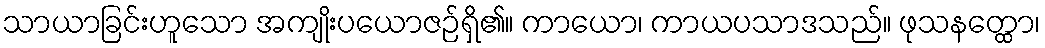
သာယာခြင်းဟူသော အကျိုးပယောဇဉ်ရှိ၏။ ကာယော၊ ကာယပသာဒသည်။ ဖုသနတ္ထော၊